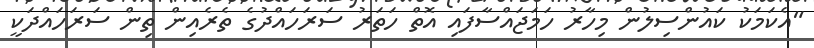
"އެކަމަކު ކައުންސިލުން މިހާރު ހަމަޖައްސާފައި އޮތް ހަތަރު ސަރަހައްދުގެ ތެރެއިން ތިން ސަރަހައްދަކީ